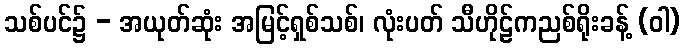
သစ်ပင်၌ - အယုတ်ဆုံး အမြင့်ရှစ်သစ်၊ လုံးပတ် သီဟိုဠ်ကညစ်ရိုးခန့် (ဝါ)